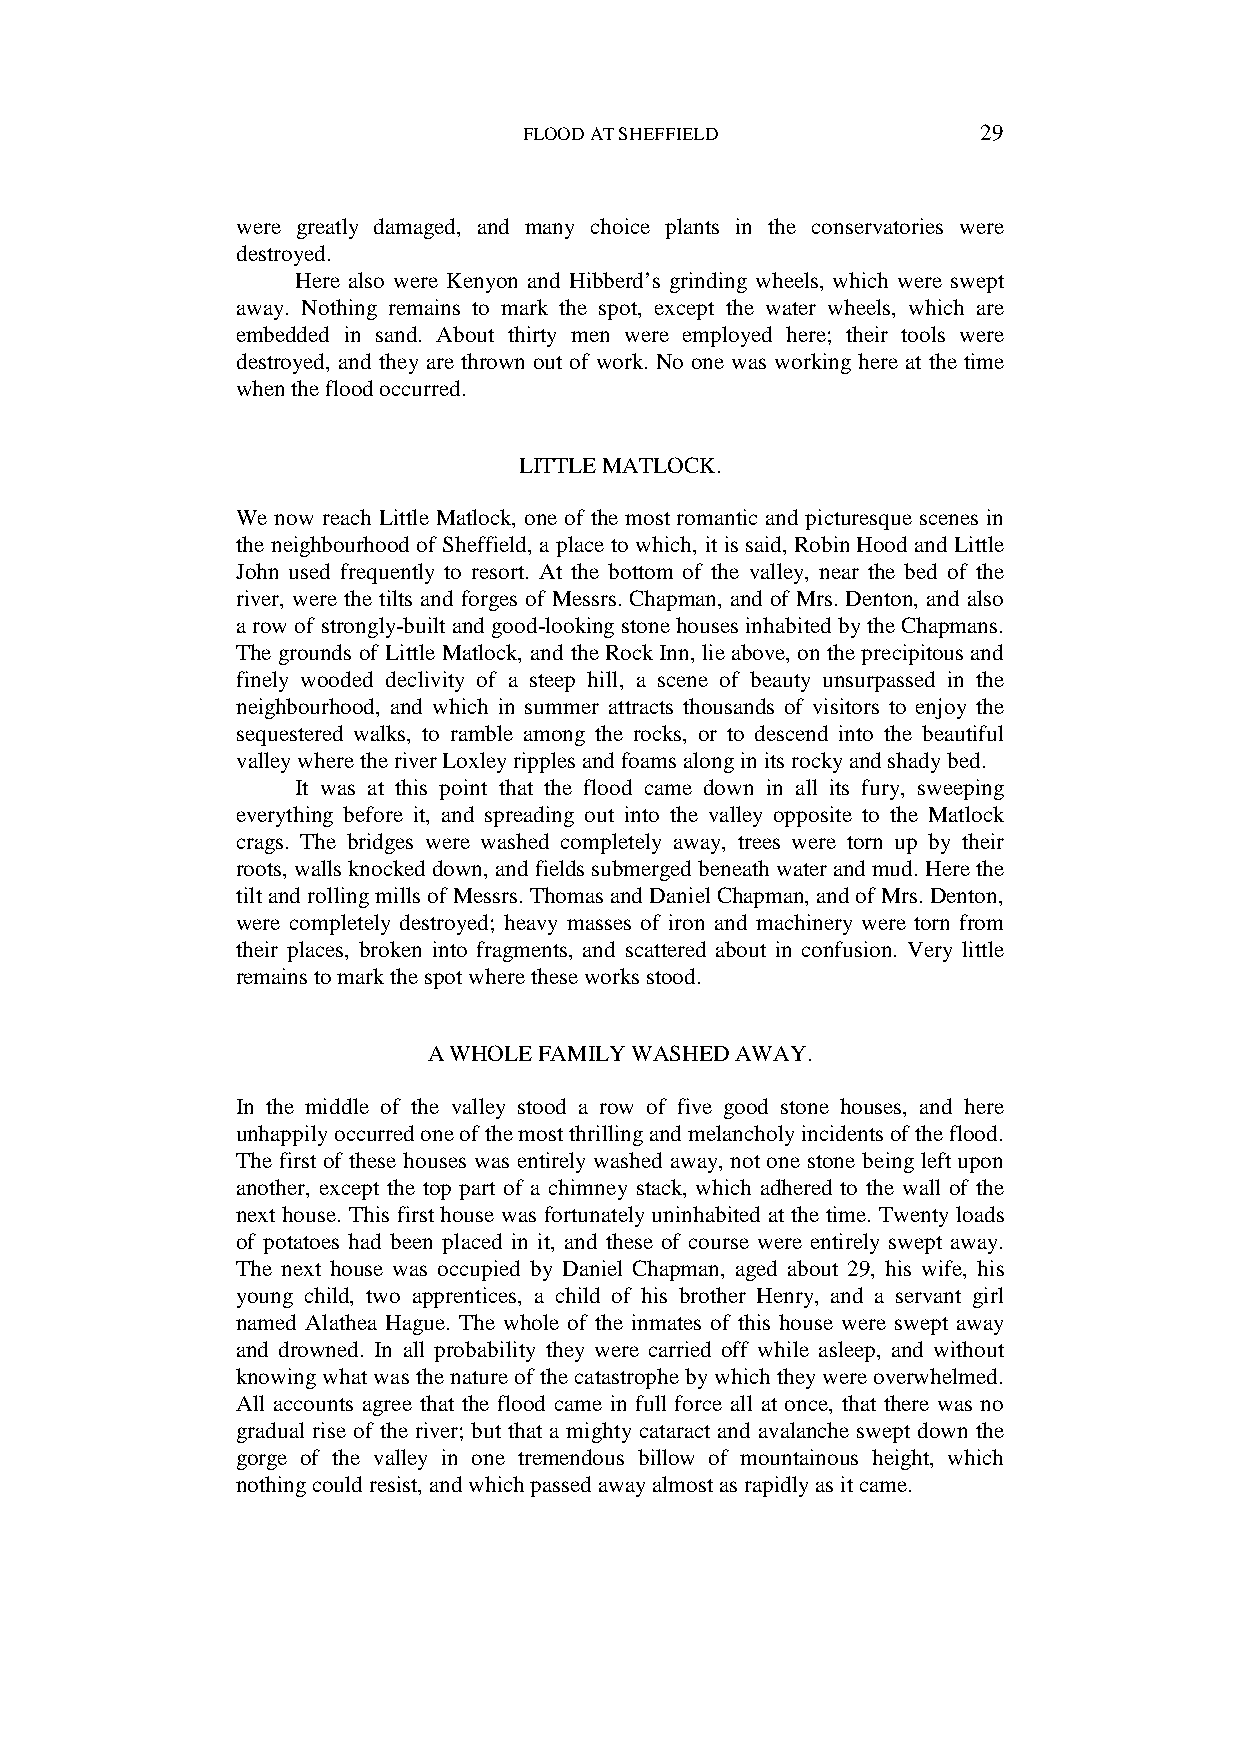
FLOOD AT SHEFFIELD            29
 were greatly damaged, and many choice plants in the conservatories were
 destroyed.
 Here also were Kenyon and Hibberd’s grinding wheels, which were swept
 away. Nothing remains to mark the spot, except the water wheels, which are
 embedded in sand. About thirty men were employed here; their tools were
 destroyed, and they are thrown out of work. No one was working here at the time
 when the flood occurred.
 LITTLE MATLOCK.
 We now reach Little Matlock, one of the most romantic and picturesque scenes in
 the neighbourhood of Sheffield, a place to which, it is said, Robin Hood and Little
 John used frequently to resort. At the bottom of the valley, near the bed of the
 river, were the tilts and forges of Messrs. Chapman, and of Mrs. Denton, and also
 a row of strongly-built and good-looking stone houses inhabited by the Chapmans.
 The grounds of Little Matlock, and the Rock Inn, lie above, on the precipitous and
 finely wooded declivity of a steep hill, a scene of beauty unsurpassed in the
 neighbourhood, and which in summer attracts thousands of visitors to enjoy the
 sequestered walks, to ramble among the rocks, or to descend into the beautiful
 valley where the river Loxley ripples and foams along in its rocky and shady bed.
 It was at this point that the flood came down in all its fury, sweeping
 everything before it, and spreading out into the valley opposite to the Matlock
 crags. The bridges were washed completely away, trees were torn up by their
 roots, walls knocked down, and fields submerged beneath water and mud. Here the
 tilt and rolling mills of Messrs. Thomas and Daniel Chapman, and of Mrs. Denton,
 were completely destroyed; heavy masses of iron and machinery were torn from
 their places, broken into fragments, and scattered about in confusion. Very little
 remains to mark the spot where these works stood.
 A WHOLE FAMILY WASHED AWAY.
 In the middle of the valley stood a row of five good stone houses, and here
 unhappily occurred one of the most thrilling and melancholy incidents of the flood.
 The first of these houses was entirely washed away, not one stone being left upon
 another, except the top part of a chimney stack, which adhered to the wall of the
 next house. This first house was fortunately uninhabited at the time. Twenty loads
 of potatoes had been placed in it, and these of course were entirely swept away.
 The next house was occupied by Daniel Chapman, aged about 29, his wife, his
 young child, two apprentices, a child of his brother Henry, and a servant girl
 named Alathea Hague. The whole of the inmates of this house were swept away
 and drowned. In all probability they were carried off while asleep, and without
 knowing what was the nature of the catastrophe by which they were overwhelmed.
 All accounts agree that the flood came in full force all at once, that there was no
 gradual rise of the river; but that a mighty cataract and avalanche swept down the
 gorge of the valley in one tremendous billow of mountainous height, which
 nothing could resist, and which passed away almost as rapidly as it came.